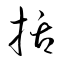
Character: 括